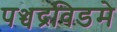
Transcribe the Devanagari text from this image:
पञ्चद्रविडमे